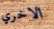
الاخري